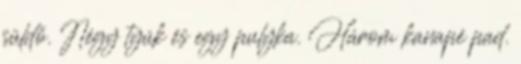
süldő. Négy tyúk és egy pulyka. Három kanapé pad.